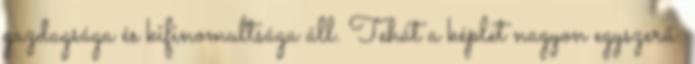
gazdagsága és kifinomultsága áll. Tehát a képlet nagyon egyszerű: